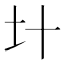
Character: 𡈿